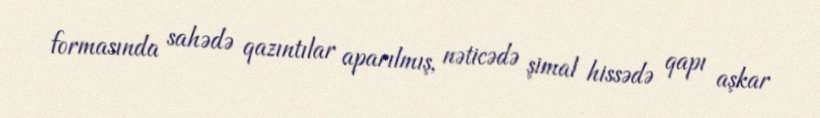
formasında sahədə qazıntılar aparılmış, nəticədə şimal hissədə qapı aşkar